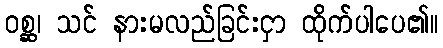
ဝစ္ဆ၊ သင် နားမလည်ခြင်းငှာ ထိုက်ပါပေ၏။